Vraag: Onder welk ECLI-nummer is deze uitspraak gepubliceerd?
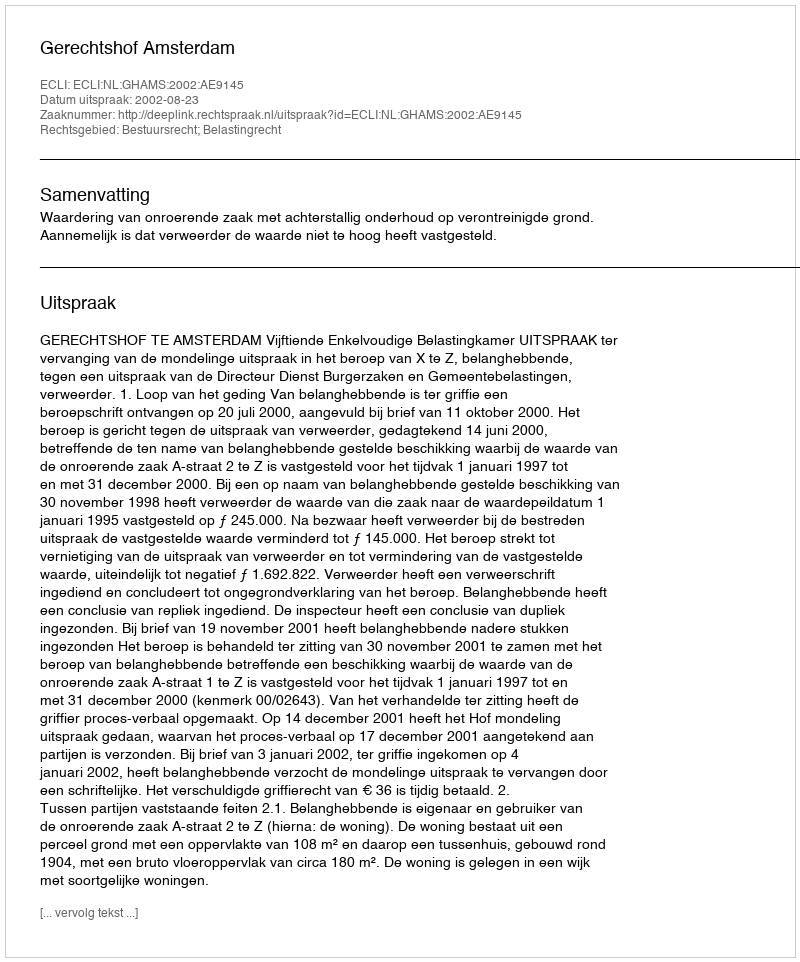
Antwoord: ECLI:NL:GHAMS:2002:AE9145